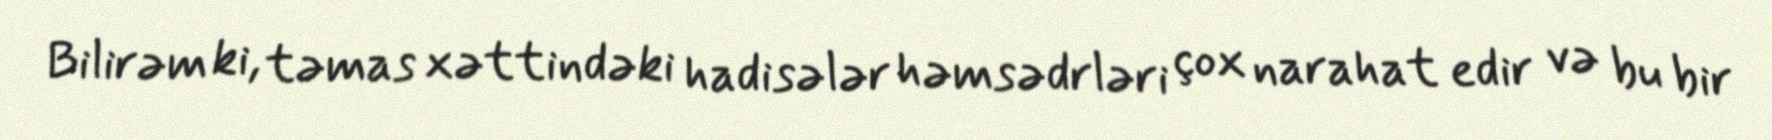
Bilirəm ki, təmas xəttindəki hadisələr həmsədrləri çox narahat edir və bu bir